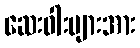
ဆေးဝါးများအား